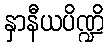
နှာနီယပိဏ္ဍိ